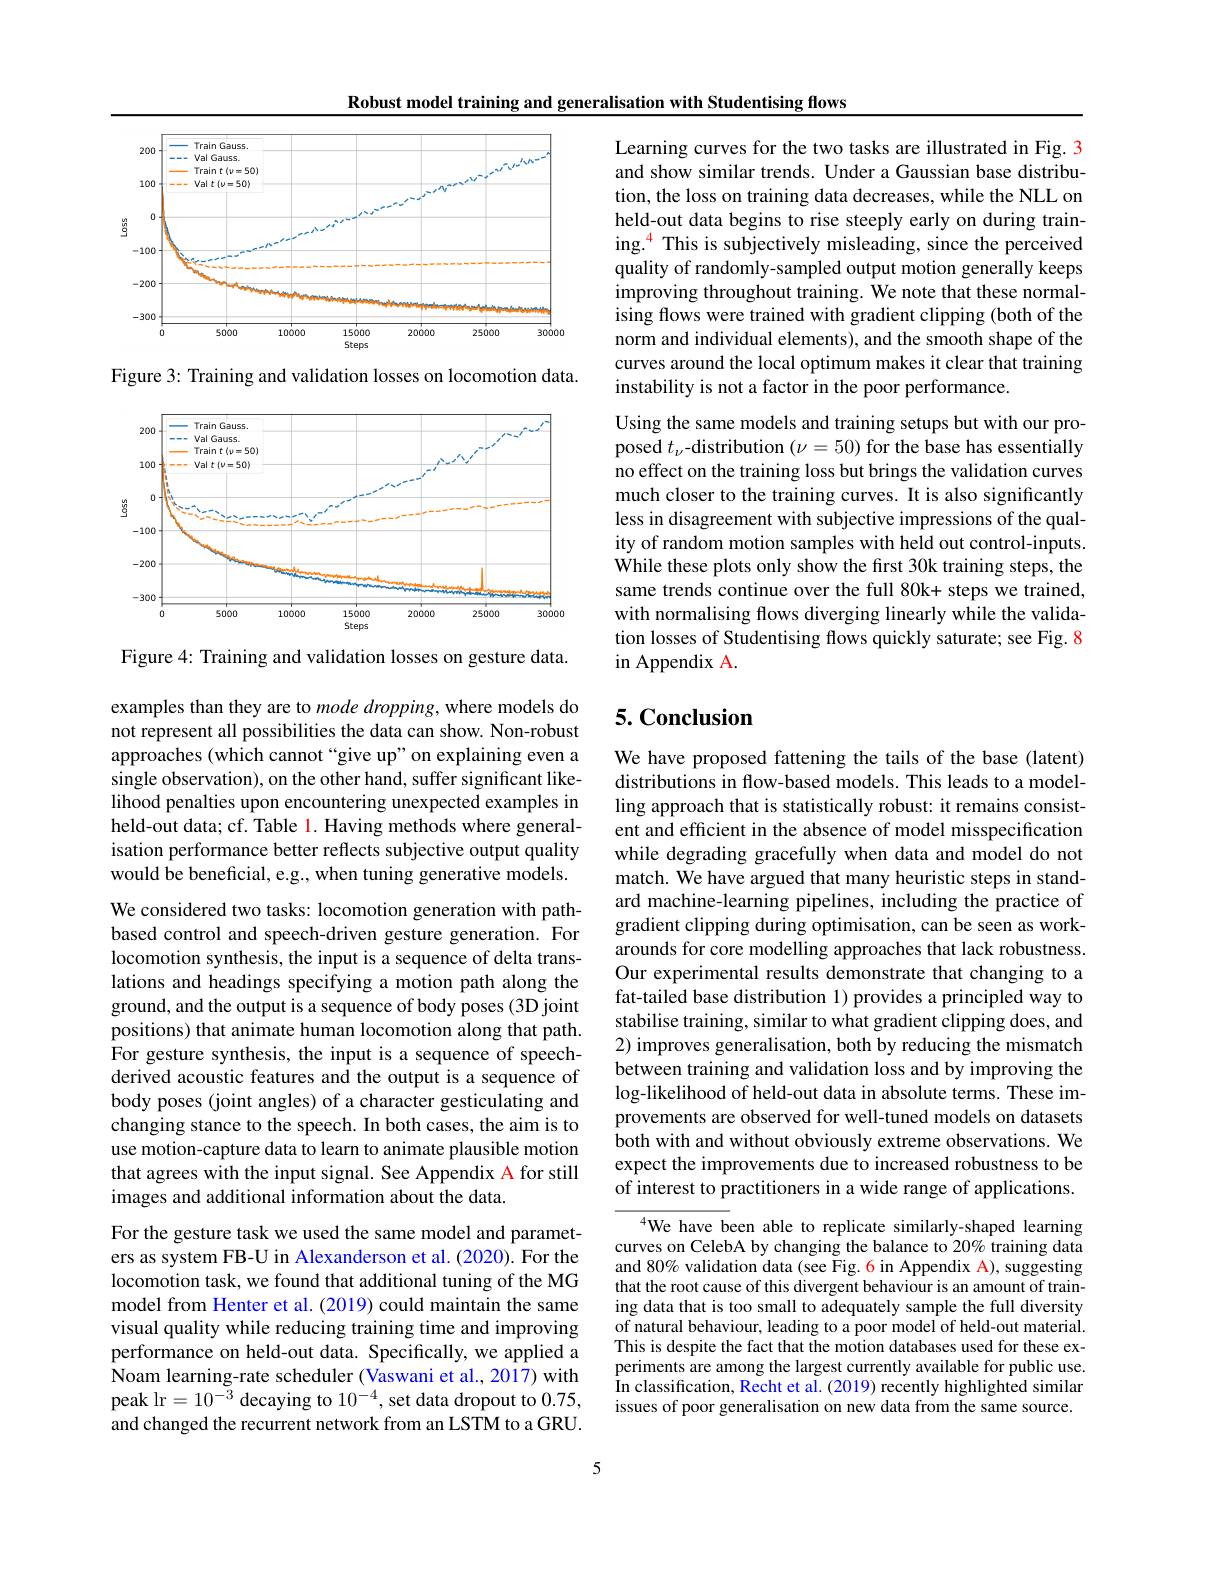
Robust model training and generalisation with Studentising flows

<FigureHere>

Figure 3: Training and validation losses on locomotion data.

<FigureHere>

Figure 4: Training and validation losses on gesture data.

examples than they are to mode dropping, where models do not represent all possibilities the data can show. Non-robust approaches (which cannot “give up"on explaining even a single observation), on the other hand, suffer significant likelihood penalties upon encountering unexpected examples in held-out data; cf. Table 1. Having methods where generalisation performance better reflects subjective output quality would be beneficial, e.g., when tuning generative models.

We considered two tasks: locomotion generation with pathbased control and speech-driven gesture generation. For locomotion synthesis, the input is a sequence of delta translations and headings specifying a motion path along the ground, and the output is a sequence of body poses (3D joint positions) that animate human locomotion along that path. For gesture synthesis, the input is a sequence of speechderived acoustic features and the output is a sequence of body poses (joint angles) of a character gesticulating and changing stance to the speech. In both cases, the aim is to use motion-capture data to learn to animate plausible motion that agrees with the input signal. See Appendix A for still images and additional information about the data.
For the gesture task we used the same model and parameters as system FB-U in Alexanderson et al.(2020). For the locomotion task, we found that additional tuning of the MG model from Henter et al. (2019) could maintain the same visual quality while reducing training time and improving performance on held-out data. Specifically, we applied a Noam learning-rate scheduler (Vaswani et al., 2017) with peak lr$=10^-3$ decaying to $10^-4$, set data dropout to 0.75, and changed the recurrent network from an LSTM to a GRU.

5

Learning curves for the two tasks are illustrated in Fig. 3 and show similar trends. Under a Gaussian base distribution, the loss on training data decreases, while the NLL on held-out data begins to rise steeply early on during training.$^{\color{red}{4}}$ This is subjectively misleading, since the perceived quality of randomly-sampled output motion generally keeps improving throughout training. We note that these normalising flows were trained with gradient clipping (both of the norm and individual elements), and the smooth shape of the curves around the local optimum makes it clear that training instability is not a factor in the poor performance.
Using the same models and training setups but with our proposed $t_\nu$-distribution $(\nu=50)$ for the base has essentially no effect on the training loss but brings the validation curves much closer to the training curves. It is also significantly less in disagreement with subjective impressions of the quality of random motion samples with held out control-inputs. While these plots only show the first 30k training steps, the same trends continue over the full 80k+ steps we trained, with normalising flows diverging linearly while the validation losses of Studentising flows quickly saturate; see Fig. 8 in Appendix A.

## 5. Conclusion

We have proposed fattening the tails of the base (latent) distributions in flow-based models. This leads to a modelling approach that is statistically robust: it remains consistent and efficient in the absence of model misspecification while degrading gracefully when data and model do not match. We have argued that many heuristic steps in standard machine-learning pipelines, including the practice of gradient clipping during optimisation, can be seen as workarounds for core modelling approaches that lack robustness. Our experimental results demonstrate that changing to a fat-tailed base distribution 1) provides a principled way to stabilise training, similar to what gradient clipping does, and 2) improves generalisation, both by reducing the mismatch between training and validation loss and by improving the log-likelihood of held-out data in absolute terms. These improvements are observed for well-tuned models on datasets both with and without obviously extreme observations. We expect the improvements due to increased robustness to be of interest to practitioners in a wide range of applications.

$^{4}$We have been able to replicate similarly-shaped learning curves on CelebA by changing the balance to 20% training data and 80% validation data (see Fig. 6 in Appendix A), suggesting that the root cause of this divergent behaviour is an amount of training data that is too small to adequately sample the full diversity of natural behaviour, leading to a poor model of held-out material. This is despite the fact that the motion databases used for these experiments are among the largest currently available for public use. $\dot{\text{In classification, Recht et al. (2019) recently highlighted similar}}$ issues of poor generalisation on new data from the same source.